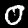
Digit: 0